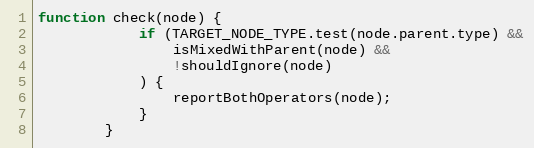
Language: JavaScript
function check(node) {
            if (TARGET_NODE_TYPE.test(node.parent.type) &&
                isMixedWithParent(node) &&
                !shouldIgnore(node)
            ) {
                reportBothOperators(node);
            }
        }